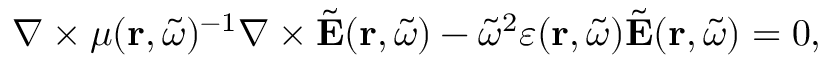
\nabla \times \mu ( \mathbf { r } , \tilde { \omega } ) ^ { - 1 } \nabla \times \tilde { \mathbf { E } } ( \mathbf { r } , \tilde { \omega } ) - \tilde { \omega } ^ { 2 } \varepsilon ( \mathbf { r } , \tilde { \omega } ) \tilde { \mathbf { E } } ( \mathbf { r } , \tilde { \omega } ) = 0 ,